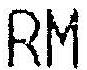
RM